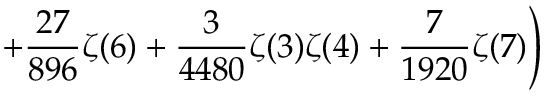
\displaystyle \left. \quad \quad \quad + \frac { 2 7 } { 8 9 6 } \zeta ( 6 ) + \frac { 3 } { 4 4 8 0 } \zeta ( 3 ) \zeta ( 4 ) + \frac { 7 } { 1 9 2 0 } \zeta ( 7 ) \right)